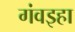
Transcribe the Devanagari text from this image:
गंवइहा